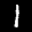
Label: 1